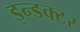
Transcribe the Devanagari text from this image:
इन्डक्टर